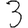
Digit: 3